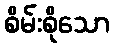
စိမ်းစိုသော